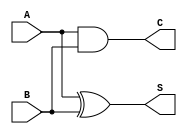
module HalfAdder (
    input wire A,    // First single-bit input
    input wire B,    // Second single-bit input
    output wire S,   // Sum output
    output wire C    // Carry output
);

// Compute Sum using XOR
assign S = A ^ B;

// Compute Carry using AND
assign C = A & B;

endmodule